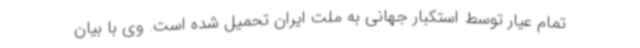
تمام عیار توسط استکبار جهانی به ملت ایران تحمیل شده است. وی با بیان